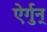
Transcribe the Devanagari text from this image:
ऐर्गुन्